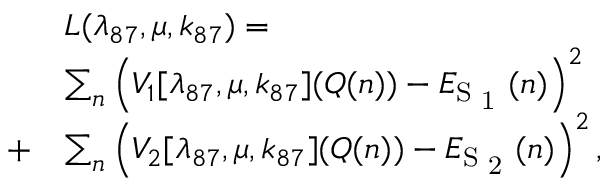
\begin{array} { r l } & { L ( \lambda _ { 8 7 } , \boldsymbol { \mu } , \boldsymbol { k } _ { 8 7 } ) = } \\ & { \sum _ { n } \left( V _ { 1 } [ \lambda _ { 8 7 } , \boldsymbol { \mu } , \boldsymbol { k } _ { 8 7 } ] ( \boldsymbol { Q } ( n ) ) - E _ { \mathrm { S \textsubscript { 1 } } } ( n ) \right) ^ { 2 } } \\ { + } & { \sum _ { n } \left( V _ { 2 } [ \lambda _ { 8 7 } , \boldsymbol { \mu } , \boldsymbol { k } _ { 8 7 } ] ( \boldsymbol { Q } ( n ) ) - E _ { \mathrm { S \textsubscript { 2 } } } ( n ) \right) ^ { 2 } , } \end{array}